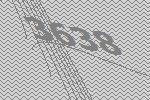
3638